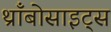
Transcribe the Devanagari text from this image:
थ्राँबोसाइट्स